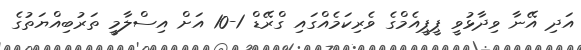
އަދި އޭނާ ވިދާޅުވީ ޕީޕީއެމްގެ ވެރިކަމެއްގައި ގްރޭޑް 1-10 އަށް އިސްލާމީ ތަރުބިއްޔަތުގެ